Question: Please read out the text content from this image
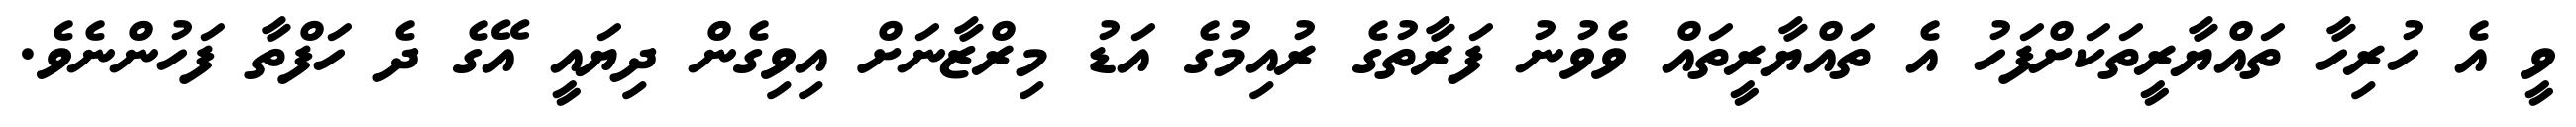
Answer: ވީ އެ ހުރިހާ ތައްޔާރީތަކަށްފަހު އެ ތައްޔާރީތައް ވެވުނު ފަރާތުގެ ރުއިމުގެ އަޑު މިރްޒާނަށް އިވިގެން ދިޔައީ އޭގެ ދެ ހަފްތާ ފަހުންނެވެ.